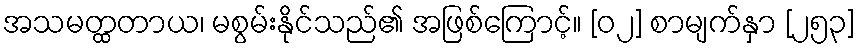
အသမတ္ထတာယ၊ မစွမ်းနိုင်သည်၏ အဖြစ်ကြောင့်။ [၀၂] စာမျက်နှာ [၂၅၃]